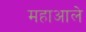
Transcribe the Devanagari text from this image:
महाआले